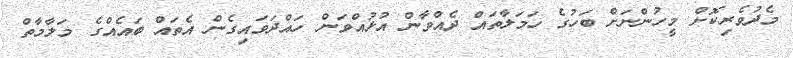
މެދުވެރިކޮށް މީހުންނަށް ބަހުގެ ހަމަލާތައް ދެއްވާން އުޅުއްވަން ހައްދަވައިގެން އެތައް ބައެއްގެ މަލާމާތް